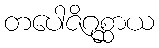
တပေါဇိဂုစ္ဆာယ